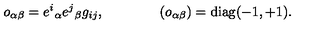
o _ { \alpha \beta } = e ^ { i } { } _ { \alpha } e ^ { j } { } _ { \beta } g _ { i j } , \qquad \qquad ( o _ { \alpha \beta } ) = \mathrm { d i a g } ( - 1 , + 1 ) .